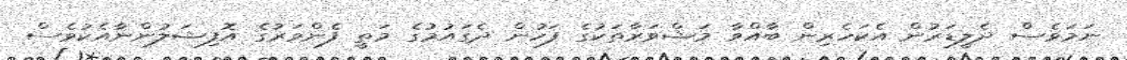
ނަމަވެސް ދެލީޑަރުން އެކަހެރިން ބާއްވާ މަޝްވަރާތަކުގެ ފަހުން ދެގައުމުގެ މަތީ ފެންވަރުގެ އޮފިޝަލުންނާއެކުވެސް